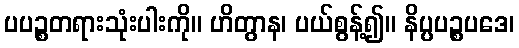
ပပဉ္စတရားသုံးပါးကို။ ဟိတွာန၊ ပယ်စွန့်၍။ နိပ္ပပဉ္စပဒေ၊